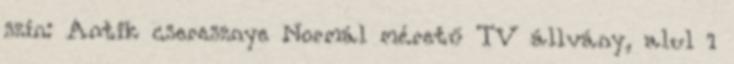
szín: Antik cseresznye Normál méretű TV állvány, alul 1